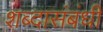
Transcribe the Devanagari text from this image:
शब्दासंबंधी